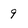
Character: 9